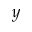
y